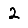
Digit: 2